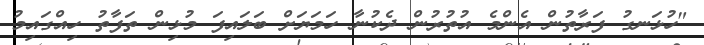
"ހުޅަނގު ފަރާތުން އެންމެ އުތުރުން ދެކުނާ ހަމަޔަށް ބަލައިފަ މުޅިން ތަފާތު ހިއްގައިމު